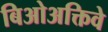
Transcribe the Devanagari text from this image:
बिओअक्तिवे